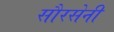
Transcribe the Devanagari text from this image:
सौरसेनी